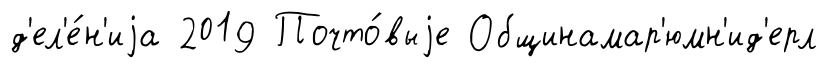
д'ел'е́н'иjа 2019 Почто́выjе Общинамар'юмн'ид'ерл